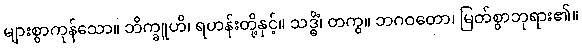
များစွာကုန်သော။ ဘိက္ခူဟိ၊ ရဟန်းတို့နှင့်။ သဒ္ဓိံ၊ တကွ။ ဘဂဝတော၊ မြတ်စွာဘုရား၏။